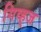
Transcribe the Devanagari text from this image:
गिव्ह्‌ज